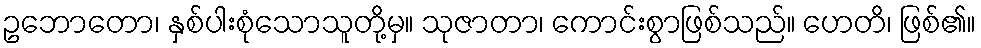
ဥဘောတော၊ နှစ်ပါးစုံသောသူတို့မှ။ သုဇာတာ၊ ကောင်းစွာဖြစ်သည်။ ဟေတိ၊ ဖြစ်၏။